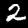
Digit: 2